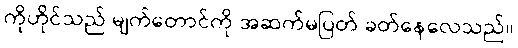
ကိုဟိုင်သည် မျက်တောင်ကို အဆက်မပြတ် ခတ်နေလေသည်။